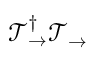
\mathcal { T } _ { \rightarrow } ^ { \dagger } \mathcal { T } _ { \rightarrow }